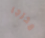
مخرجا